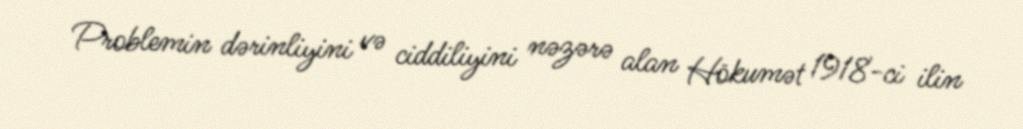
Problemin dərinliyini və ciddiliyini nəzərə alan Hökumət 1918-ci ilin